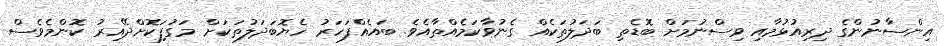
އިންސާނުންގެ ދިރިއުޅުމާއި ވިސްނުމަށް ބޮޑެތި ބަދަލުތަކެއް ގެނުވާކަމެއްތާއެވެ. ބައެއްފަހަރު ހެޔޮބަދަލުތަކަށް މަގުފަިކޮށްދޭއިރު ކޮންމެވެސް